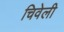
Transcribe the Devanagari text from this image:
चिवेली